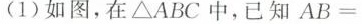
(1)如图，在\bigtriangleupABC中，已知$$A B =